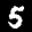
Label: 5